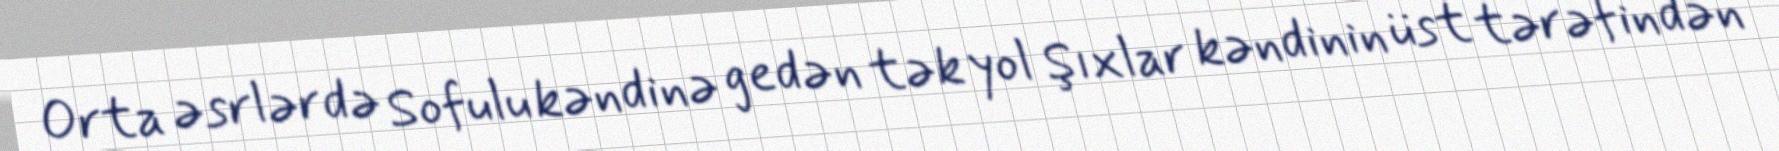
Orta əsrlərdə Sofulu kəndinə gedən tək yol Şıxlar kəndinin üst tərəfindən